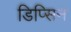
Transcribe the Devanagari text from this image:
डिप्सिन